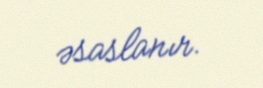
əsaslanır.